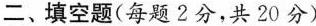
二、填空题(每题2分，共20分)